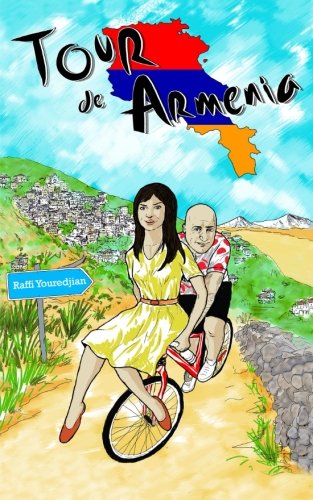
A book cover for Tour de Armenia; Raffi Youredjian; Travel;